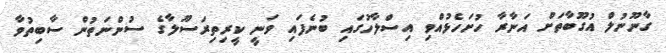
ގާނޫނުލް އުގޫބާތަށް އަނާރާ ހުށަހެޅުއްވި އިސްލާހުގައި ބުނެފައި ވަނީ ކީރިތިރަސޫލާގެ ސުންނަތުން ސާބިތުވާ